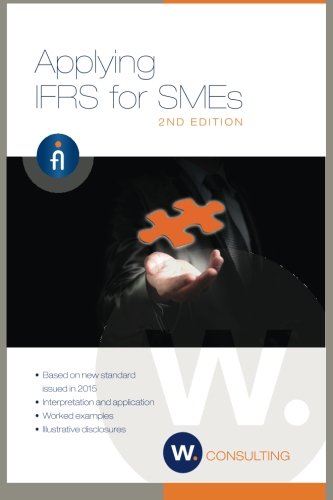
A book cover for IFRS for SMEs 2nd Edition; Mr Bruce Mackenzie; Business & Money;